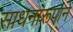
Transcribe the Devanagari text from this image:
साधनारूपाने